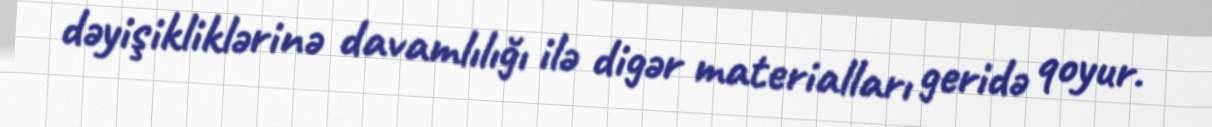
dəyişikliklərinə davamlılığı ilə digər materialları geridə qoyur.